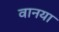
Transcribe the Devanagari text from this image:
वानया